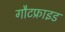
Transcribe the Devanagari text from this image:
गौटफ्राइड